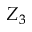
Z _ { 3 }